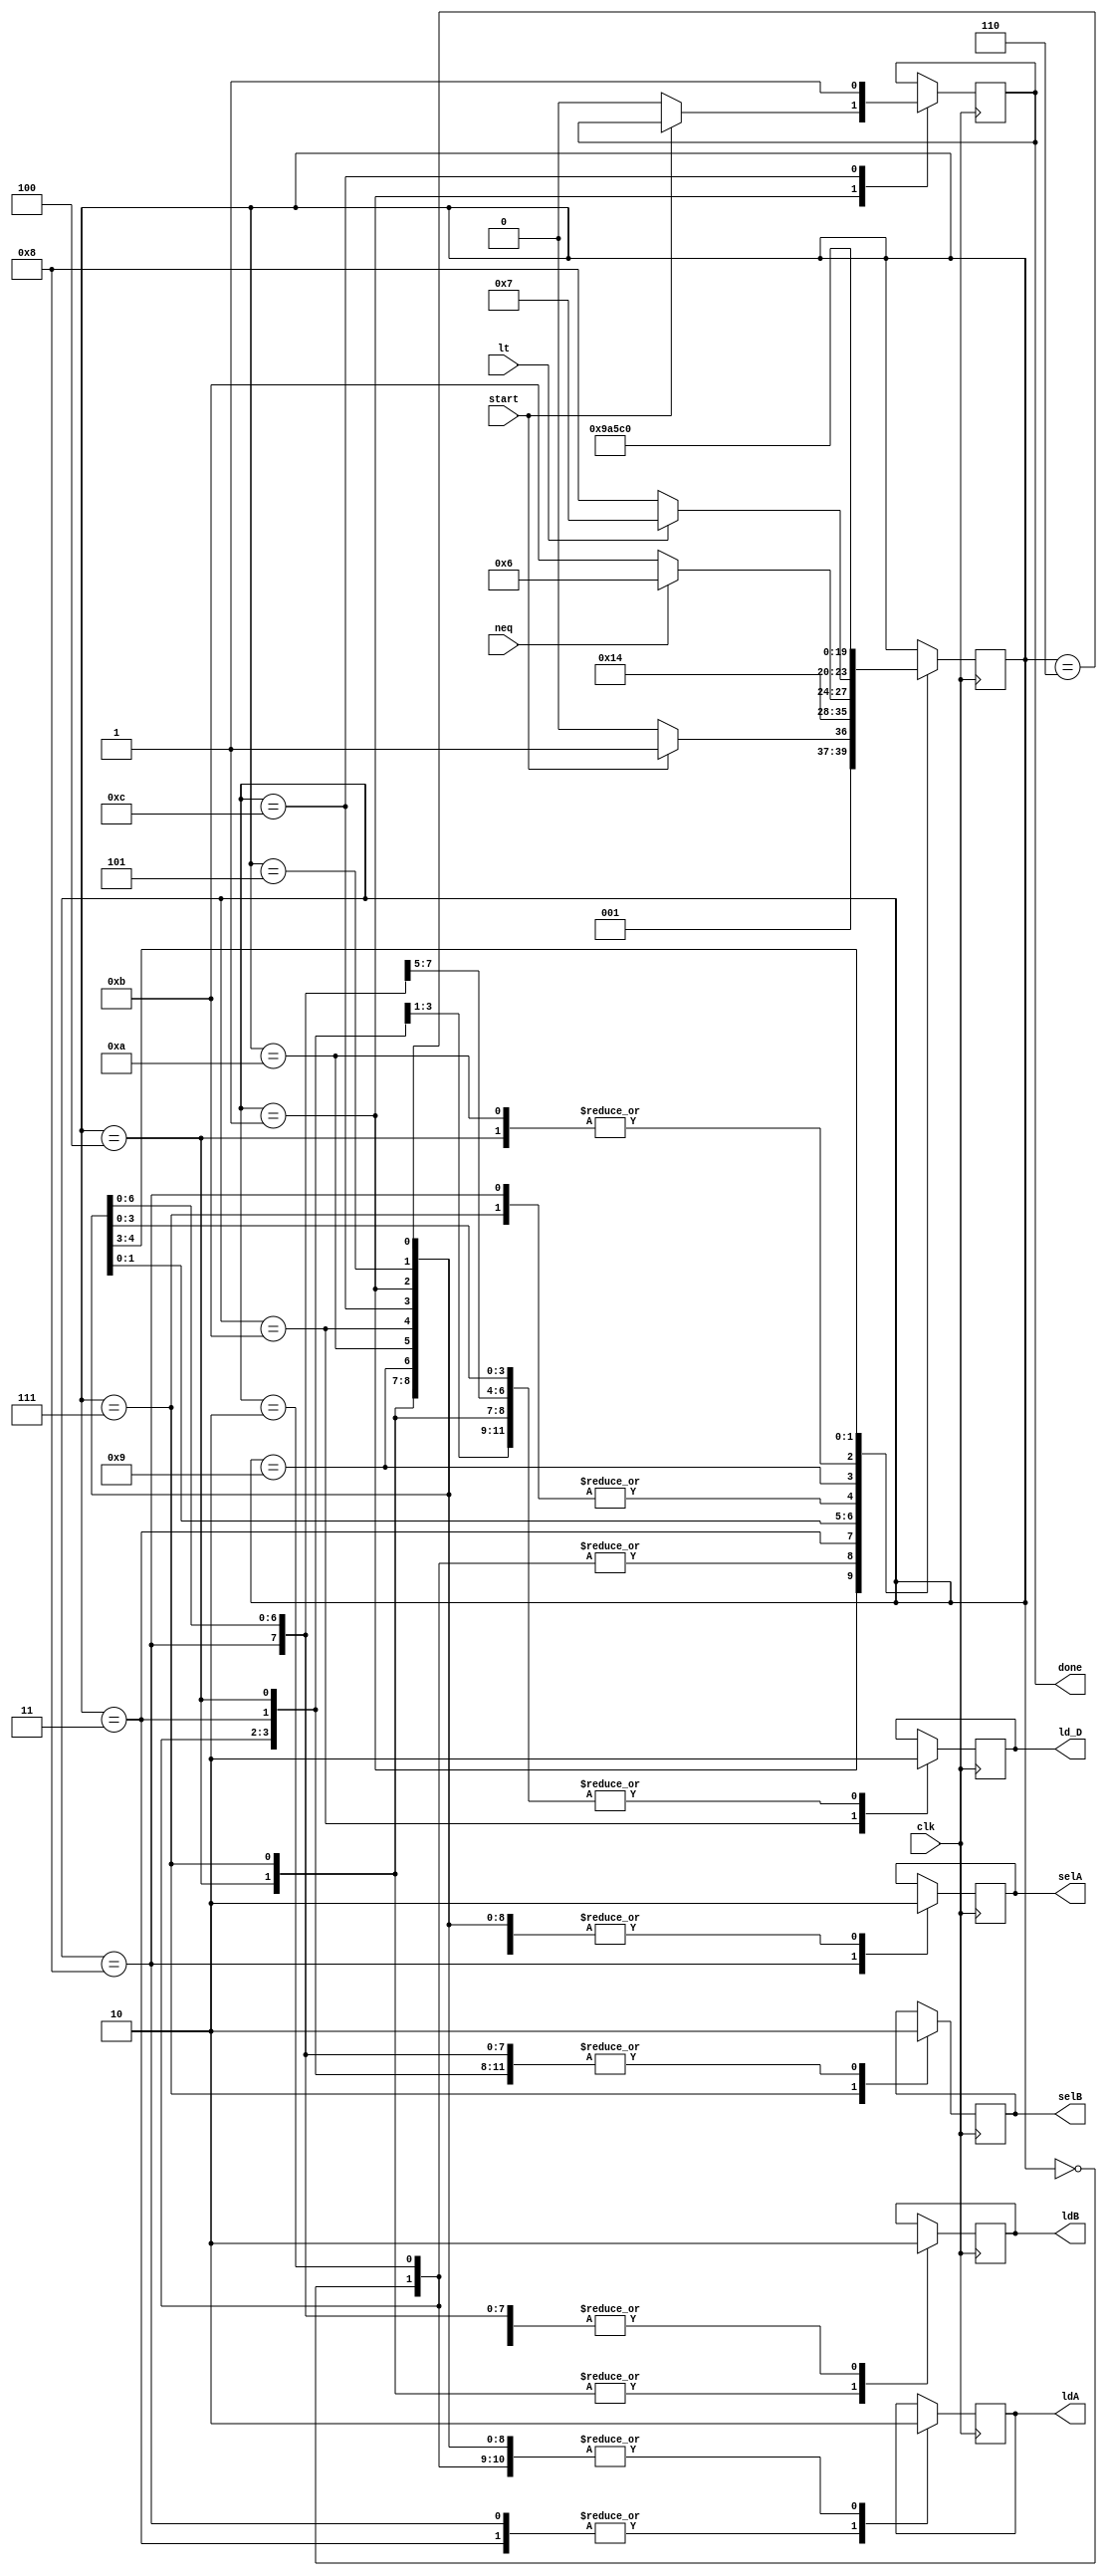
`timescale 1ns / 1ps
//////////////////////////////////////////////////////////////////////////////////
// Company: 
// Engineer: 
// 
// Design Name: 
// Module Name:    controller 
// Project Name: 
// Target Devices: 
// Tool versions: 
// Description: 
//
// Dependencies: 
//
// Revision: 
// Revision 0.01 - File Created
// Additional Comments: 
//
//////////////////////////////////////////////////////////////////////////////////
module controller (ldA,ldB,selA,selB,ld_D,clk,lt,neq,start,done);
	
	input clk,lt,neq,start;
	output reg ldA,ldB,selA,selB,ld_D,done;

	
	localparam S0=4'b0000 ,S1=4'b0001 ,S2=4'b0010 ,S3=4'b0011 ,S4=4'b0100 ,S5=4'b0101 , S6 = 4'b0110,
					S7 = 4'b0111, 
					S8 = 4'b1000,
					S9 = 4'b1001,
					S10 = 4'b1010,
					S11 = 4'b1011,
					S12 = 4'b1100
					;
	reg [3:0]state = S0;
	
	always @ (posedge clk ) 
		begin 
		
		case(state)
			S0: begin
				state = S1;
				selA = 1'b0;
				selB = 1'b0;
				ldA = 1'b0;
				ldB = 1'b0;
				ld_D = 1'b0;
				//done = 1'b0;
			end
			S1:begin
				if(start == 1'b0)begin
					state = S2;
					done = 1'b0;
					selA = 1'b0;
					selB = 1'b0;
					ldA = 1'b0;
					ldB = 1'b0;
					ld_D = 1'b0;
				end
				if(start == 1'b1)begin
					state = S3;
					selA = 1'b0;
					selB = 1'b0;
					ldA = 1'b0;
					ldB = 1'b0;
					ld_D = 1'b0;
				end
			end
			S2:begin
				state = S1;
				selA = 1'b0;
				selB = 1'b0;
				ldA = 1'b0;
				ldB = 1'b0;
				ld_D = 1'b0;
			end
			S3:begin
				state = S4;
				selA = 1'b0;
				selB = 1'b0;
				ldA = 1'b1;
				ldB = 1'b0;
				ld_D = 1'b0;
			end
			S4:begin
				state = S5;
				selA = 1'b0;
				selB = 1'b0;
				ldA = 1'b0;
				ldB = 1'b1;
				ld_D = 1'b0;
			end
			S5:begin
				if(neq == 1'b0)begin
					state = S11;
					selA = 1'b0;
					selB = 1'b0;
					ldA = 1'b0;
					ldB = 1'b0;
					ld_D = 1'b0;
				end
				if(neq == 1'b1)begin
					state = S6;
					selA = 1'b0;
					selB = 1'b0;
					ldA = 1'b0;
					ldB = 1'b0;
					ld_D = 1'b0;
				end
			end
			S6:begin
				if(lt == 1'b0)begin
					state = S8;
					selA = 1'b0;
					selB = 1'b0;
					ldA = 1'b0;
					ldB = 1'b0;
					ld_D = 1'b0;
				end
				else if(lt == 1'b1)begin
					state = S7;
					selA = 1'b0;
					selB = 1'b0;
					ldA = 1'b0;
					ldB = 1'b0;
					ld_D = 1'b0;
				end
			end
			S7:begin
				state = S9;
				selA = 1'b0;
				selB = 1'b1;
				ldA = 1'b0;
				ldB = 1'b1;
				ld_D = 1'b0;
			end
			S8:begin
				state = S9;
				selA = 1'b1;
				selB = 1'b0;
				ldA = 1'b1;
				ldB = 1'b0;
				ld_D = 1'b0;
			end
			S9:begin
				state = S10;
				selA = 1'b0;
				selB = 1'b0;
				ldA = 1'b0;
				ldB = 1'b0;
				ld_D = 1'b0;
			end
			S10:begin
				state = S5;
				selA = 1'b0;
				selB = 1'b0;
				ldA = 1'b0;
				ldB = 1'b0;
				ld_D = 1'b0;
			end
			S11:begin
				state = S12;
				selA = 1'b0;
				selB = 1'b0;
				ldA = 1'b0;
				ldB = 1'b0;
				ld_D = 1'b1;
			end
			S12:begin
				state = S0;
				done = 1'b1;
				selA = 1'b0;
				selB = 1'b0;
				ldA = 1'b0;
				ldB = 1'b0;
				ld_D = 1'b0;
			end
		endcase
		
	
	end
endmodule